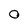
Character: O